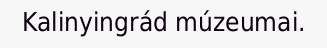
Kalinyingrád múzeumai.